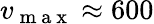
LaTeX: v_{\mathrm{~m~a~x~}}\approx 600